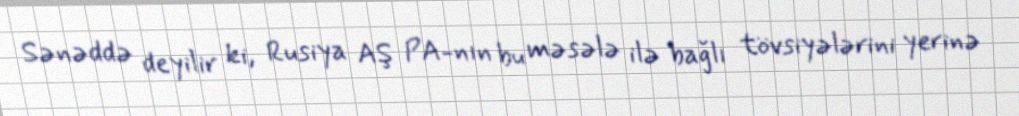
Sənəddə deyilir ki, Rusiya AŞ PA-nın bu məsələ ilə bağlı tövsiyələrini yerinə